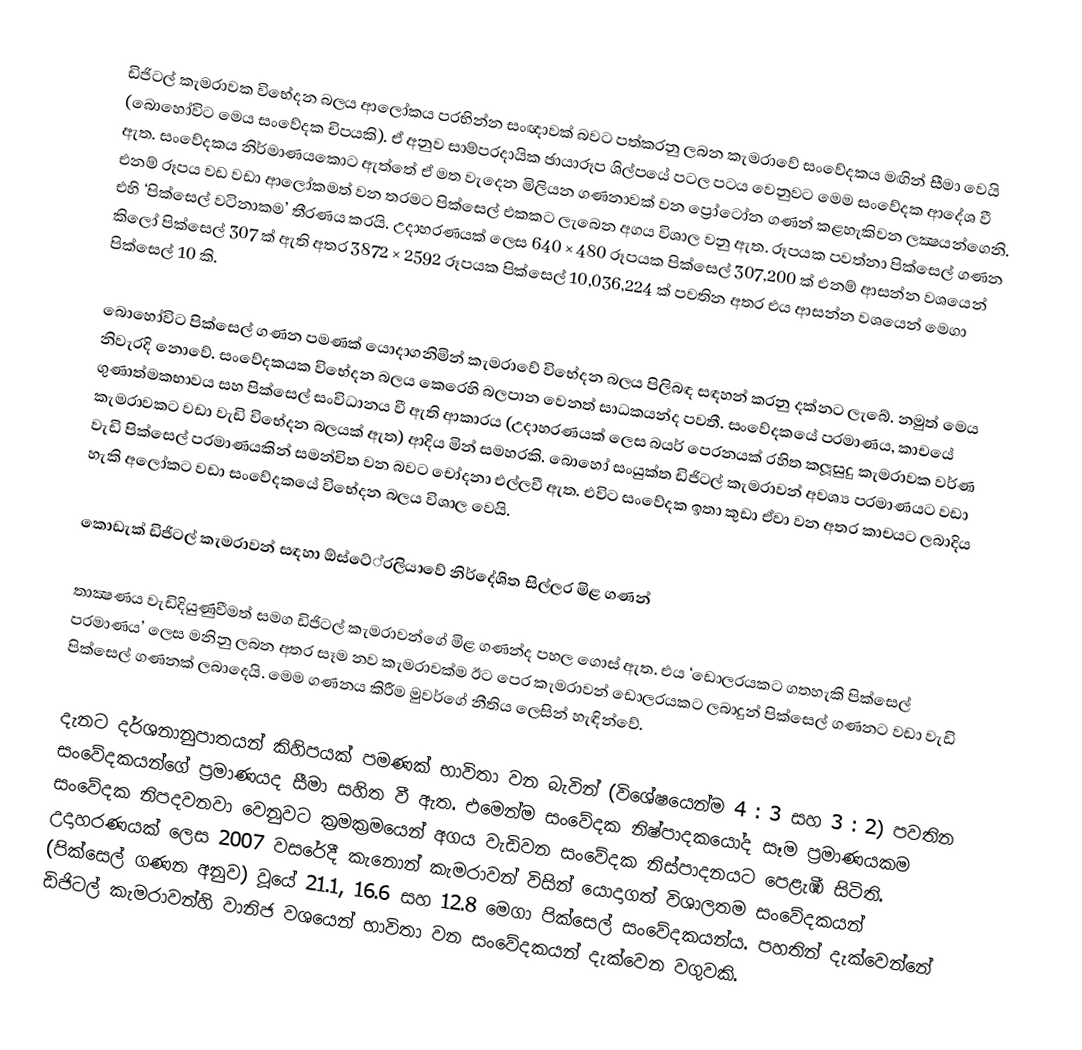
ඩිජිටල් කැමරාවක විභේදන බලය ආලෝකය ප‍්‍රභින්න සංඥාවක් බවට පත්කරනු ලබන කැමරාවේ සංවේදකය මඟින් සීමා වෙයි (බොහෝවිට මෙය සංවේදක චිපයකි). ඒ අනුව සාම්ප‍්‍රදායික ඡායාරූප ශිල්පයේ පටල පටය වෙනුවට මෙම සංවේදක ආදේශ වී ඇත. සංවේදකය නිර්මාණයකොට ඇත්තේ ඒ මත වැදෙන මිලියන ගණනාවක් වන ප්‍රෝටෝන ගණන් කළහැකිවන ලක්‍ෂයන්ගෙනි. එනම් රූපය වඩ වඩා ආලෝකමත් වන තරමට පික්සෙල් එකකට ලැබෙන අගය විශාල වනු ඇත. රූපයක පවත්නා පික්සෙල් ගණන එහි ‘පික්සෙල් වටිනාකම’ තීරණය කරයි. උදාහරණයක් ලෙස 640 × 480 රූපයක පික්සෙල් 307,200 ක් එනම් ආසන්න වශයෙන් කිලෝ පික්සෙල් 307 ක් ඇති අතර 3872 × 2592 රූපයක පික්සෙල් 10,036,224 ක් පවතින අතර එය ආසන්න වශයෙන් මෙගා පික්සෙල් 10 කි.

බොහෝවිට පික්සෙල් ගණන පමණක් යොදාගනිමින් කැමරාවේ විභේදන බලය පිලිබඳ සඳහන් කරනු දක්නට ලැබේ. නමුත් මෙය නිවැරදි නොවේ. සංවේදකයක විභේදන බලය කෙරෙහි බලපාන වෙනත් සාධකයන්ද පවතී. සංවේදකයේ ප‍්‍රමාණය, කාචයේ ගුණාත්මකභාවය සහ පික්සෙල් සංවිධානය වී ඇති ආකාරය (උදාහරණයක් ලෙස බයර් පෙරනයක් රහිත කලූසුදු කැමරාවක වර්ණ කැමරාවකට වඩා වැඩි විභේදන බලයක් ඇත) ආදිය මින් සමහරකි. බොහෝ සංයුක්ත ඩිජිටල් කැමරාවන් අවශ්‍ය ප‍්‍රමාණයට වඩා වැඩි පික්සෙල් ප‍්‍රමාණයකින් සමන්විත වන බවට චෝදනා එල්ලවී ඇත. එවිට සංවේදක ඉතා කුඩා ඒවා වන අතර කාචයට ලබාදිය හැකි අලෝකට වඩා සංවේදකයේ විභේදන බලය විශාල වෙයි.

කොඩැක් ඩිජිටල් කැමරාවන් සඳහා  ඕස්ටේ‍්‍රලියාවේ නිර්දේශිත සිල්ලර මිළ ගණන්

තාක්‍ෂණය වැඩිදියුණුවීමත් සමග ඩිජිටල් කැමරාවන්ගේ මිළ ගණන්ද පහල ගොස් ඇත. එය ‘ඩොලරයකට ගතහැකි පික්සෙල් ප‍්‍රමාණය’ ලෙස මනිනු ලබන අතර සෑම නව කැමරාවක්ම ඊට පෙර කැමරාවන් ඩොලරයකට ලබාදුන් පික්සෙල් ගණනට වඩා වැඩි පික්සෙල් ගණනක් ලබාදෙයි. මෙම ගණනය කිරීම මුවර්ගේ නීතිය ලෙසින් හැඳින්වේ.

දැනට දර්ශනානුපාතයන් කිහිපයක් පමණක් භාවිතා වන බැවින් (විශේෂයෙන්ම 4 : 3 සහ 3 : 2) පවතින සංවේදකයන්ගේ ප‍්‍රමාණයද සීමා සහිත වී ඇත. එමෙන්ම සංවේදක නිෂ්පාදකයෝද සෑම ප‍්‍රමාණයකම සංවේදක නිපදවනවා වෙනුවට ක‍්‍රමක‍්‍රමයෙන් අගය වැඩිවන සංවේදක නිස්පාදනයට පෙළැඹී සිටිති. උදාහරණයක් ලෙස 2007 වසරේදී කැනොන් කැමරාවන් විසින් යොදාගත් විශාලතම සංවේදකයන් (පික්සෙල් ගණන අනුව) වූයේ 21.1, 16.6 සහ 12.8 මෙගා පික්සෙල් සංවේදකයන්ය. පහතින් දැක්වෙන්නේ ඩිජිටල් කැමරාවන්හි වානිජ වශයෙන් භාවිතා වන සංවේදකයන් දැක්වෙන වගුවකි.